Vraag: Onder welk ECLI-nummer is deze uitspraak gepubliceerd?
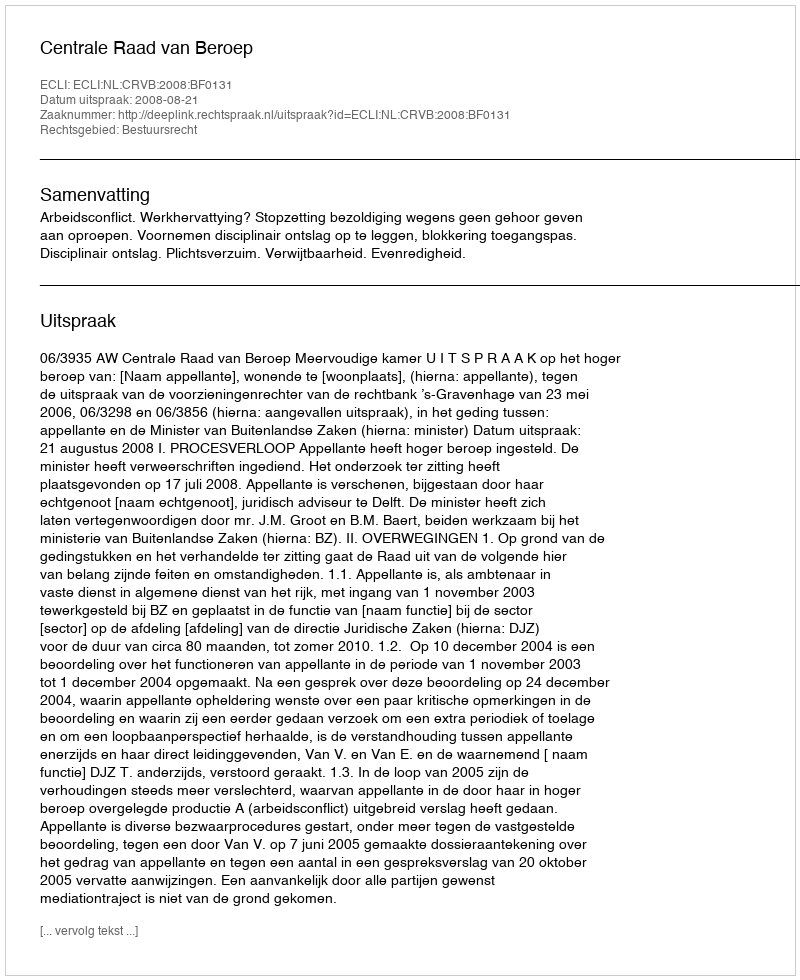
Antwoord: ECLI:NL:CRVB:2008:BF0131